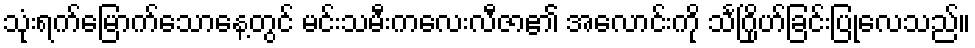
သုံးရက်မြောက်သောနေ့တွင် မင်းသမီးကလေးလီဇာ၏ အလောင်းကို သင်္ဂြိုဟ်ခြင်းပြုလေသည်။